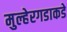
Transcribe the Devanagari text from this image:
मुल्हेरगडाकडे